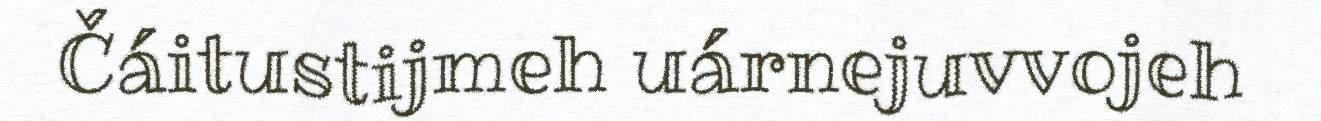
Čáitustijmeh uárnejuvvojeh